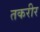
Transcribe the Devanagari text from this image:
तकरीर